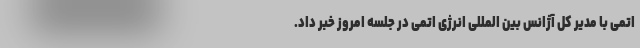
اتمی با مدیر کل آژانس بین المللی انرژی اتمی در جلسه امروز خبر داد.